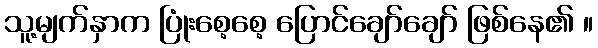
သူ့မျက်နှာက ပြုံးစေ့စေ့ ပြောင်ချော်ချော် ဖြစ်နေ၏ ။